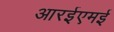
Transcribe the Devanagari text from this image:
आरईएमई